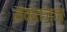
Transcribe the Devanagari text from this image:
संकेतज्ञ